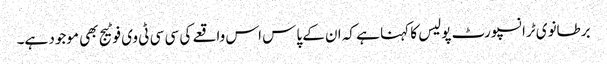
برطانوی ٹرانسپورٹ پولیس کا کہنا ہے کہ ان کے پاس اس واقعے کی سی سی ٹی وی فوٹیج بھی موجود ہے۔